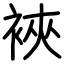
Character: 裌